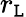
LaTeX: r_{\mathtt{L}}